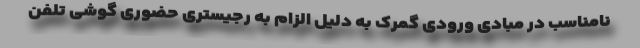
نامناسب در مبادی ورودی گمرک به دلیل الزام به رجیستری حضوری گوشی تلفن